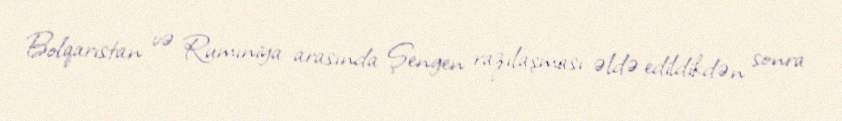
Bolqarıstan və Rumıniya arasında Şengen razılaşması əldə edildikdən sonra